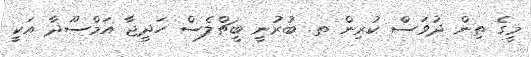
މީގެ ތިން ދުވަސް ކުރިން ތ. ބުރުނީ ބީޗްލެސް ހަދީޖާ އަމްސޫދާ އަކީ